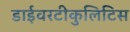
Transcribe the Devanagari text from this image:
डाईवरटीकुलिटिस